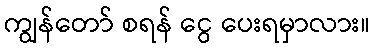
ကျွန်တော် စရန် ငွေ ပေးရမှာလား။